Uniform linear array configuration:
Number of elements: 64
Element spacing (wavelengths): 0.75
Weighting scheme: hann
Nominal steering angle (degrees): -45
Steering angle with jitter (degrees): -46.711
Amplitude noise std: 0.05
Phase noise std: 0.05

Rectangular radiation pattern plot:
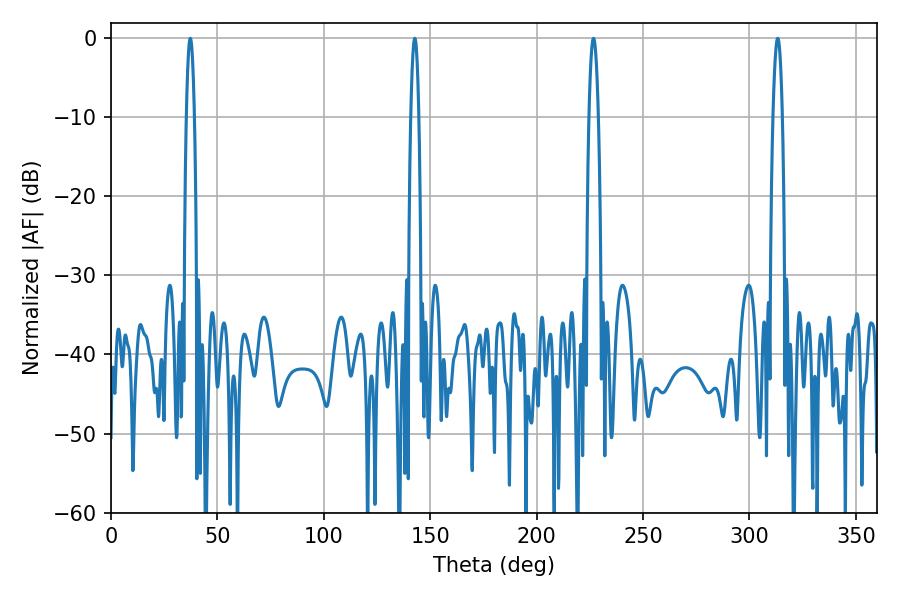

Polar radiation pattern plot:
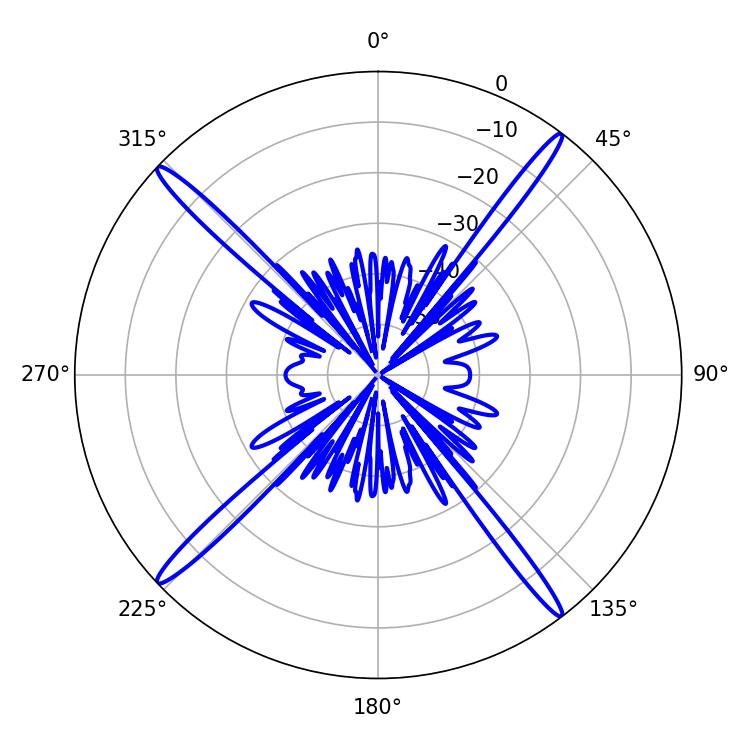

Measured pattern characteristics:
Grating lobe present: TRUE
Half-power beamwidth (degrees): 2.16
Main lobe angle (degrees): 37.26